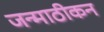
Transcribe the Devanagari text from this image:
जन्माठीकन